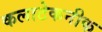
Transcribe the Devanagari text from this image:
कलाटेकनीक